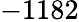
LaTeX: -1182